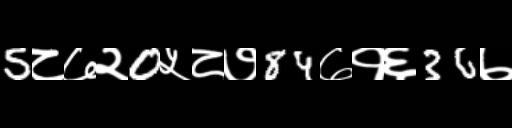
Text: 5८७२0५८७84७१६36७